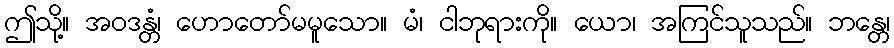
ဤသို့။ အဝဒန္တံ၊ ဟောတော်မမူသော။ မံ၊ ငါဘုရားကို။ ယော၊ အကြင်သူသည်။ ဘန္တေ၊